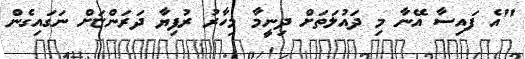
"އެ ފައިސާ އޭނާ މި ދައުލަތަށް ދިނީމާ މިހާރު ރުފިޔާ ދަރަންޏަށް ނަގައިގެން